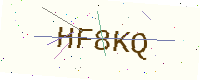
Text: HF8KQ